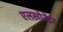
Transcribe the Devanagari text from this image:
एलखोजेंडर